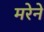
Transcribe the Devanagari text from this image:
मरेने